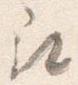
尋